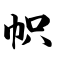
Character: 帜